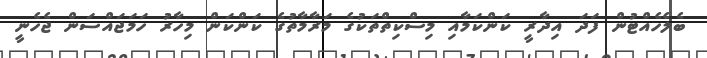
ބެލެހެއްޓުން ފަދަ އިދާރީ ކަންކަމާއި މިސްކިތްތަކުގެ މަރާމާތުގެ ކަންކަން މިހާރު ހަމަޖައްސަން ޖެހެނީ